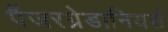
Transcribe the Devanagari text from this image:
पैंजरग्रेडानियर्स